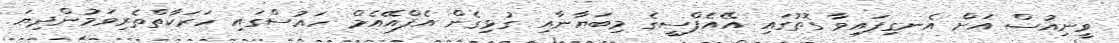
ވީނިއުސް އަށް އެނގިފައިވާ ގޮތުގައި އޭއެފްސީގެ މިބަޔާނާއި ގުޅިގެން އެފްއޭއެމް ހައުސްގައި ހަރަކާތްތެރިވަމުންދިޔަ